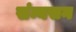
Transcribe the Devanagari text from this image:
संन्यसन